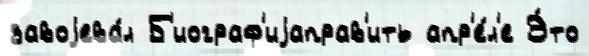
завоjева́л Б'иограф'иjаправ'ить апр'е́л'е Э́то